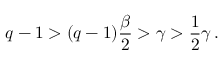
q - 1 > ( q - 1 ) \frac { \beta } { 2 } > \gamma > \frac 1 2 \gamma \, .